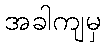
အခါကျမှ